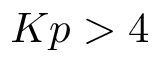
K p > 4